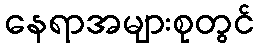
နေရာအများစုတွင်